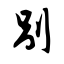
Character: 别